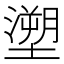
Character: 𭏺